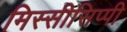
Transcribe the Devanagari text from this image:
मिस्सीसिप्पी